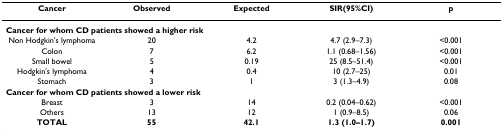
<table><thead><tr><td><b>Cancer</b></td><td><b>Observed</b></td><td><b>Expected</b></td><td><b>SIR(95%CI)</b></td><td><b>p</b></td></tr></thead><tbody><tr><td colspan="5"><b>Cancer for whom CD patients showed a higher risk</b></td></tr><tr><td>Non Hodgkin&#x27;s lymphoma</td><td>20</td><td>4.2</td><td>4.7 (2.9–7.3)</td><td>&lt;0.001</td></tr><tr><td>Colon</td><td>7</td><td>6.2</td><td>1.1 (0.68–1.56)</td><td>&lt;0.001</td></tr><tr><td>Small bowel</td><td>5</td><td>0.19</td><td>25 (8.5–51.4)</td><td>&lt;0.001</td></tr><tr><td>Hodgkin&#x27;s lymphoma</td><td>4</td><td>0.4</td><td>10 (2.7–25)</td><td>0.01</td></tr><tr><td>Stomach</td><td>3</td><td>1</td><td>3 (1.3–4.9)</td><td>0.08</td></tr><tr><td colspan="5"><b>Cancer for whom CD patients showed a lower risk</b></td></tr><tr><td>Breast</td><td>3</td><td>14</td><td>0.2 (0.04–0.62)</td><td>&lt;0.001</td></tr><tr><td>Others</td><td>13</td><td>12</td><td>1 (0.9–8.5)</td><td>0.06</td></tr><tr><td><b>TOTAL</b></td><td><b>55</b></td><td><b>42.1</b></td><td><b>1.3 (1.0–1.7)</b></td><td><b>0.001</b></td></tr></tbody></table>